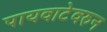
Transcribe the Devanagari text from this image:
पायवाटेवरुन